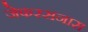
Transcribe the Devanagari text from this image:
जेफरसनास